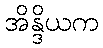
အိန္ဒိယက